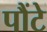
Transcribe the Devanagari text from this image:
पौंटे